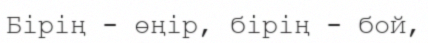
Бірің - өңір, бірің - бой,